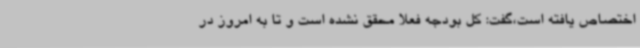
اختصاص یافته است،گفت: کل بودجه فعلا محقق نشده است و تا به امروز در